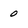
Character: 0